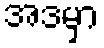
အဒမှာ